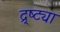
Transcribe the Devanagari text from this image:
द्र्ष्ट्या